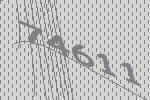
74611